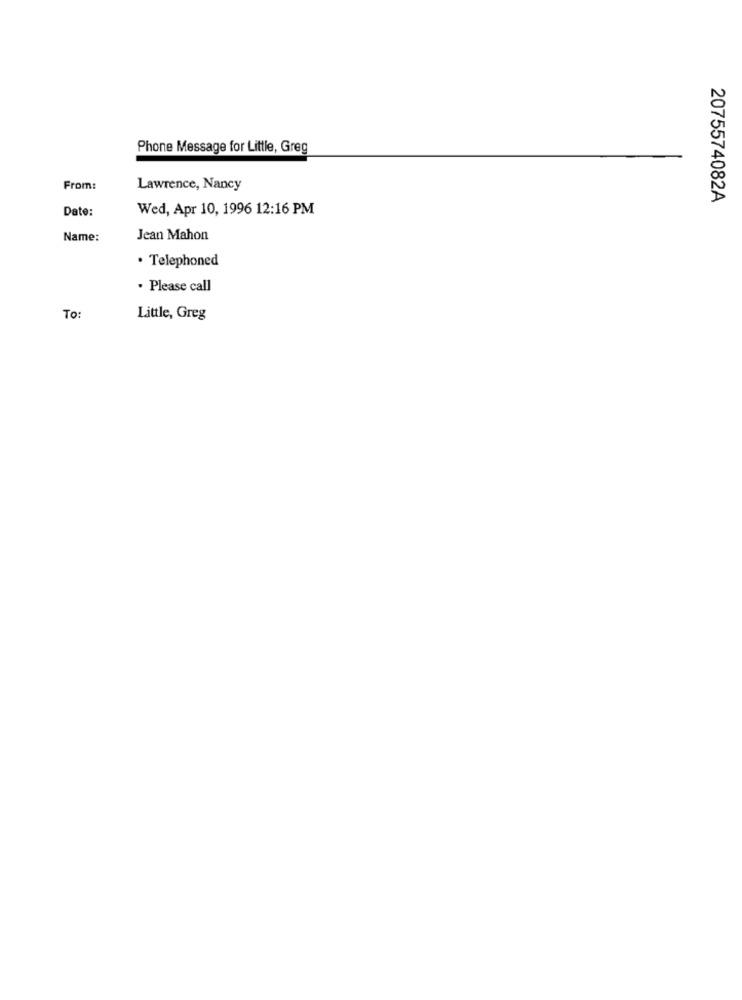
Phone Message for Little, Greg
From:
Lawrence, Nancy
2075574082A
Date:
Wed, Apr 10, 1996 12:16 PM
Name:
Jean Mahon
. Telephoned
. Please call
To:
Little, Greg